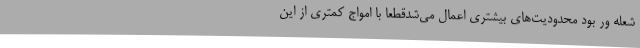
شعله ور بود محدودیت‌های بیشتری اعمال می‌شدقطعا با امواج کمتری از این